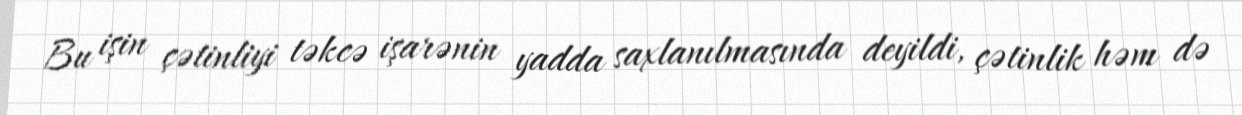
Bu işin çətinliyi təkcə işarənin yadda saxlanılmasında deyildi, çətinlik həm də